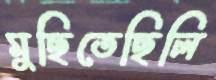
মুছিতেছিলি